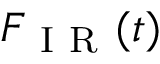
F _ { \mathrm { ~ I ~ R ~ } } ( t )